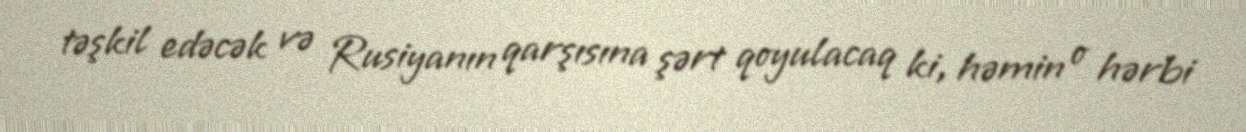
təşkil edəcək və Rusiyanın qarşısına şərt qoyulacaq ki, həmin o hərbi